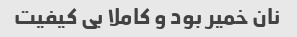
نان خمیر بود و کاملا بی کیفیت